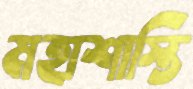
মহাশাস্তি